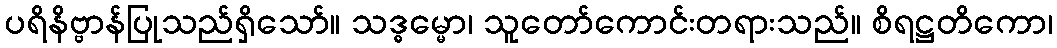
ပရိနိဗ္ဗာန်ပြုသည်ရှိသော်။ သဒ္ဓမ္မော၊ သူတော်ကောင်းတရားသည်။ စိရဋ္ဌတိကော၊